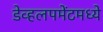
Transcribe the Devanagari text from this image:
डेव्हलपमेंटमध्ये